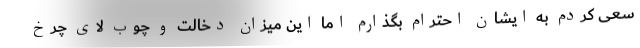
سعی کردم به ایشان احترام بگذارم اما این میزان دخالت و چوب لای چرخ